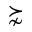
\succnsim